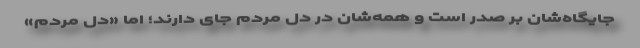
جایگاه‌شان بر صدر است و همه‌شان در دل مردم جای دارند؛ اما «دل مردم»